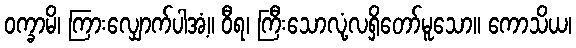
ဝက္ခာမိ၊ ကြားလျှောက်ပါအံ့။ ဝီရ၊ ကြီးသောလုံ့လရှိတော်မူသော။ ကောသိယ၊